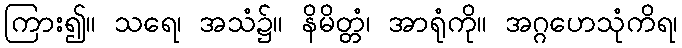
ကြား၍။ သရေ၊ အသံ၌။ နိမိတ္တံ၊ အာရုံကို။ အဂ္ဂဟေသုံကိရ၊